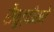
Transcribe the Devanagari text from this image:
सैफुद्दीनने